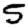
Digit: 5